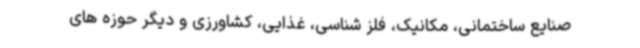
صنایع ساختمانی، مکانیک، فلز شناسی، غذایی، کشاورزی و دیگر حوزه های